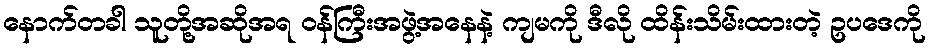
နောက်တခါ သူတို့အဆိုအရ ဝန်ကြီးအဖွဲ့အနေနဲ့ ကျမကို ဒီလို ထိန်းသိမ်းထားတဲ့ ဥပဒေကို